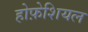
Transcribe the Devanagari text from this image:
होफ़ेशियल